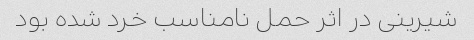
شیرینی در اثر حمل نامناسب خرد شده‌ بود